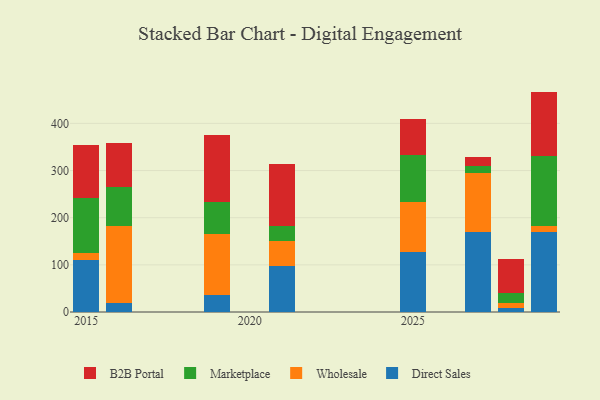
{"axis": {"x": "Year", "y": "Shipments"}, "legend": ["B2B Portal", "Direct Sales", "Marketplace", "Wholesale"], "data": [{"x": "2015", "y": 109.3, "type": "Direct Sales"}, {"x": "2015", "y": 16.8, "type": "Wholesale"}, {"x": "2015", "y": 115.2, "type": "Marketplace"}, {"x": "2015", "y": 111.9, "type": "B2B Portal"}, {"x": "2016", "y": 18.7, "type": "Direct Sales"}, {"x": "2016", "y": 163.8, "type": "Wholesale"}, {"x": "2016", "y": 82.2, "type": "Marketplace"}, {"x": "2016", "y": 94.4, "type": "B2B Portal"}, {"x": "2027", "y": 169.8, "type": "Direct Sales"}, {"x": "2027", "y": 125.7, "type": "Wholesale"}, {"x": "2027", "y": 14.0, "type": "Marketplace"}, {"x": "2027", "y": 19.8, "type": "B2B Portal"}, {"x": "2029", "y": 169.1, "type": "Direct Sales"}, {"x": "2029", "y": 13.1, "type": "Wholesale"}, {"x": "2029", "y": 147.6, "type": "Marketplace"}, {"x": "2029", "y": 137.6, "type": "B2B Portal"}, {"x": "2025", "y": 127.9, "type": "Direct Sales"}, {"x": "2025", "y": 106.0, "type": "Wholesale"}, {"x": "2025", "y": 99.9, "type": "Marketplace"}, {"x": "2025", "y": 74.9, "type": "B2B Portal"}, {"x": "2019", "y": 36.8, "type": "Direct Sales"}, {"x": "2019", "y": 129.5, "type": "Wholesale"}, {"x": "2019", "y": 66.9, "type": "Marketplace"}, {"x": "2019", "y": 141.5, "type": "B2B Portal"}, {"x": "2021", "y": 96.7, "type": "Direct Sales"}, {"x": "2021", "y": 54.1, "type": "Wholesale"}, {"x": "2021", "y": 31.4, "type": "Marketplace"}, {"x": "2021", "y": 131.8, "type": "B2B Portal"}, {"x": "2028", "y": 9.4, "type": "Direct Sales"}, {"x": "2028", "y": 9.2, "type": "Wholesale"}, {"x": "2028", "y": 22.4, "type": "Marketplace"}, {"x": "2028", "y": 71.1, "type": "B2B Portal"}]}